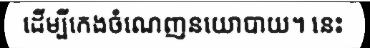
ដើម្បីកេងចំណេញនយោបាយ។ នេះ